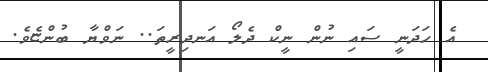
އެ ހަދަނީ ސައި ނުން ނީކް ދެލޯ އަނދިރީތަ.. ނަވްޔާ ބުންޏެވެ.